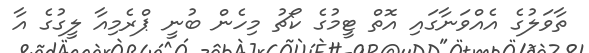
ތާވަލުގެ އެއްވަނާގައި އޮތް ޓީމުގެ ކޯޗު މިހެން ބުނީ ޕްރެމިއާ ލީގުގެ އާ